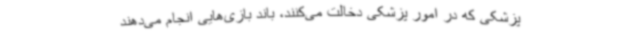
پزشکی که در امور پزشکی دخالت می‌کنند، باند بازی‌هایی انجام می‌دهند